Civil Veterinary Dept. North-West Frontier Province 1901-22 - 1901-1922
Year: 1901
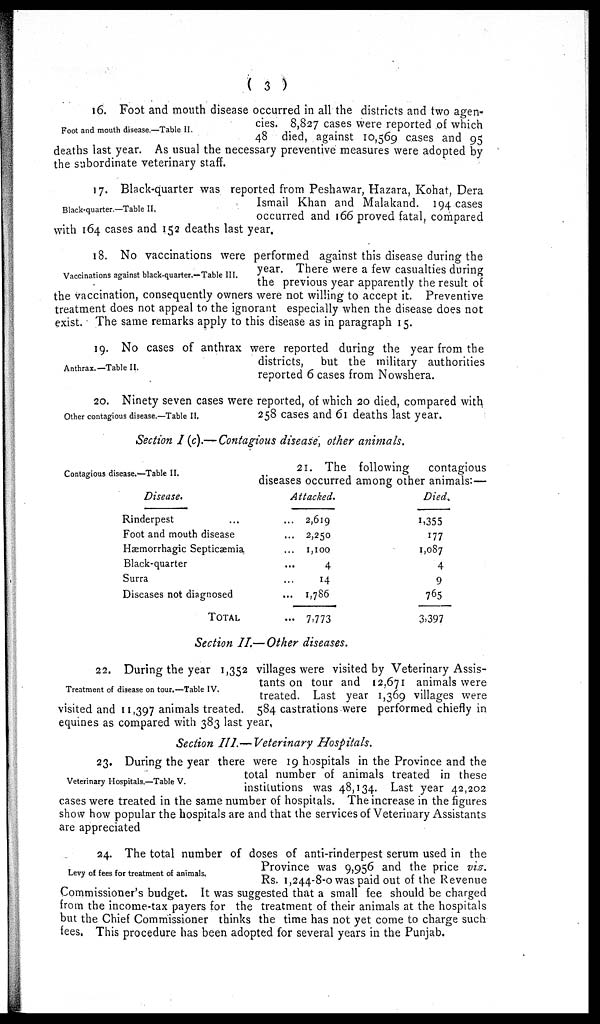
( 3 )
Foot and mouth disease.—Table II.
16. Foot and mouth disease occurred in all the districts and two agen-
cies. 8,827 cases were reported of which
48 died, against 10,569 cases and 95
deaths last year. As usual the necessary preventive measures were adopted by
the subordinate veterinary staff.
Black-quarter.—Table II.
17. Black-quarter was reported from Peshawar, Hazara, Kohat, Dera
Ismail Khan and Malakand. 194 cases
occurred and 166 proved fatal, compared
with 164 cases and 152 deaths last year.
Vaccinations against black-quarter.—Table III.
18. No vaccinations were performed against this disease during the
year. There were a few casualties during
the previous year apparently the result of
the vaccination, consequently owners were not willing to accept it. Preventive
treatment does not appeal to the ignorant especially when the disease does not
exist. The same remarks apply to this disease as in paragraph 15.
Anthrax.—Table II.
19. No cases of anthrax were reported during the year from the
districts, but the military authorities
reported 6 cases from Nowshera.
Other contagious disease.—Table II.
20. Ninety seven cases were reported, of which 20 died, compared with
258 cases and 61 deaths last year.
Section I (c).— Contagious disease, other animals.
Contagious disease.—Table II.
21. The following
contagious
diseases occurred among other animals :—
Disease.
Rinderpest …
Foot and mouth disease
Hæmorrhagic Septicæmia
Black-quarter
Surra
Diseases not diagnosed
TOTAL
Attacked.
... 2,619
... 2,250
... 1,100
… 4
… 14
...
1,786
... 7,773
Died.
1,355
177
1,087
4
9
765
3,397
Section II.— Other diseases.
Treatment of disease on tour.—Table IV.
22. During the year 1,352 villages were visited by Veterinary Assis-
tants on tour and 12,671 animals were
treated. Last year 1,369 villages were
visited and 11,397 animals treated. 584 castrations were performed chiefly in
equines as compared with 383 last year,
Section III.— Veterinary Hospitals.
Veterinary Hospitals.—Table V.
23. During the year there were 19 hospitals in the Province and the
total number of animals treated in these
institutions was 48,134. Last year 42,202
cases were treated in the same number of hospitals. The increase in the figures
show how popular the hospitals are and that the services of Veterinary Assistants
are appreciated
Levy of fees for treatment of animals.
24. The total number of doses of anti-rinderpest serum used in the
Province was 9,956 and the price viz.
Rs. 1,244-8-0 was paid out of the Revenue
Commissioner's budget. It was suggested that a small fee should be charged
from the income-tax payers for the treatment of their animals at the hospitals
but the Chief Commissioner thinks the time has not yet come to charge such
fees. This procedure has been adopted for several years in the Punjab.